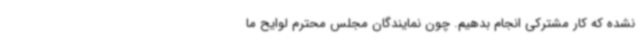
نشده که کار مشترکی انجام بدهیم. چون نمایندگان مجلس محترم لوایح ما